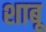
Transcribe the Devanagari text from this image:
शाबू